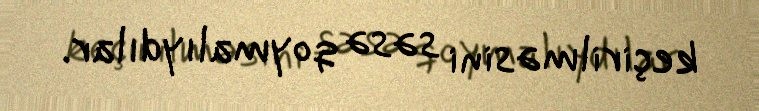
keçirilməsini səsə qoymalıydılar.